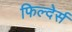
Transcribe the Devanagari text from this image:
फिल्देर्स